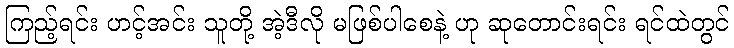
ကြည့်ရင်း ဟင့်အင်း သူတို့ အဲ့ဒီလို မဖြစ်ပါစေနဲ့ ဟု ဆုတောင်းရင်း ရင်ထဲတွင်